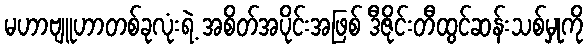
မဟာဗျူဟာတစ်ခုလုံးရဲ့ အစိတ်အပိုင်းအဖြစ် ဒီဇိုင်းတီထွင်ဆန်းသစ်မှုကို